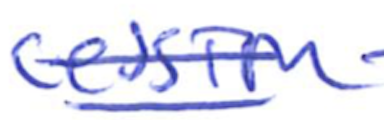
Text: cession
Cross-out: double-line
Writing tool: ballpoint